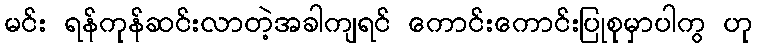
မင်း ရန်ကုန်ဆင်းလာတဲ့အခါကျရင် ကောင်းကောင်းပြုစုမှာပါကွ ဟု